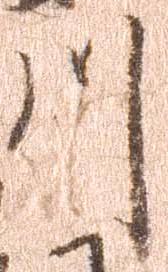
川